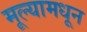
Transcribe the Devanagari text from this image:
मूल्यामधून